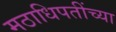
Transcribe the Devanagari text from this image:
मठाधिपतींच्या